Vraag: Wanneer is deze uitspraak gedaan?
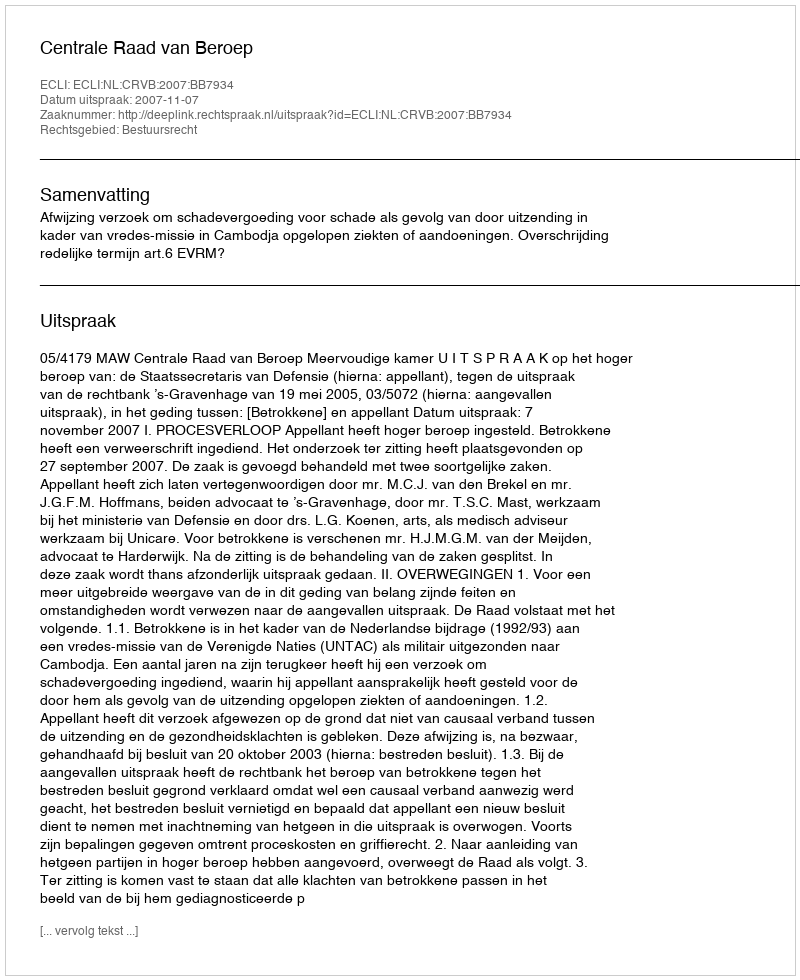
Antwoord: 2007-11-07